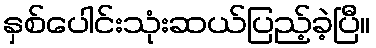
နှစ်ပေါင်းသုံးဆယ်ပြည့်ခဲ့ပြီ။